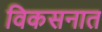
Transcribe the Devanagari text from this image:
विकसनात